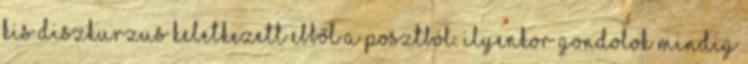
kis diszkurzus keletkezett ebből a posztból. Ilyenkor gondolok mindig